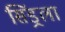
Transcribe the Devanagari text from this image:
सिंड्रला